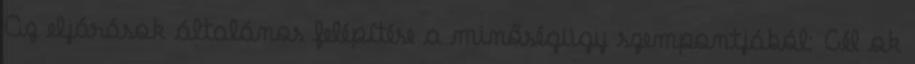
Az eljárások általános felépítése a minőségügy szempontjából: Cél ok